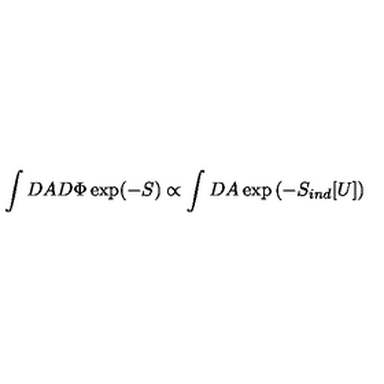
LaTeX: \int D A D \Phi \exp ( - S ) \propto \int D A \exp \left( - S _ { i n d } [ U ] \right)